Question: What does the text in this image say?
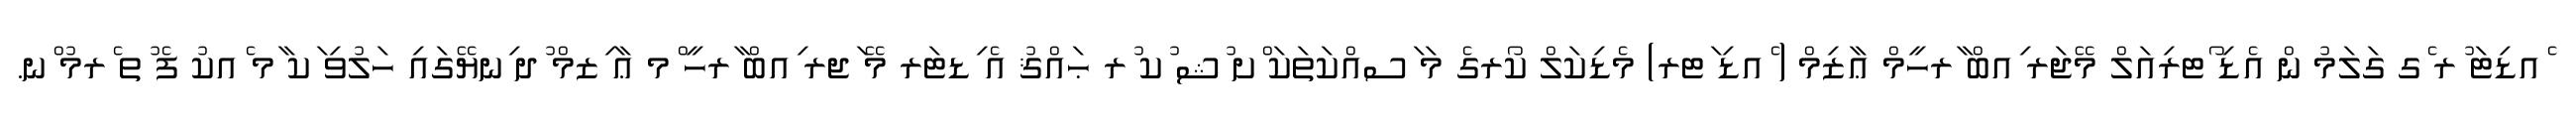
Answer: ެއޑިޓަ ުރ ެގ ގަލަމު ން އެޑި ޯޓރިއަލް މޭޖަރ ިއބް ާރހީމް ޢާޒިމް ( ެއޑި ަޓރ) މެޑިކަލް ކޯރގެ މަ ަސއްކަތަކަ ްށ ުޝ ުކ ުރ ޙައްޤު އެ ިޑޓަރ މޭ ަޖރ ިއބް ާރހީ ްމ ޢާ ިޒމް ުދ ިނޔޭގައި ހަލުވި ަކ ާމ ެއކު ފެ ުތ ެރމު ްނ.